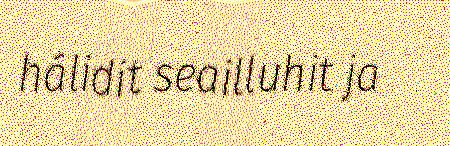
hálidit seailluhit ja